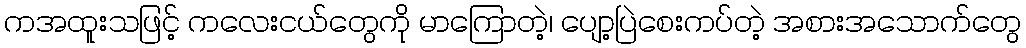
ကအထူးသဖြင့် ကလေးငယ်တွေကို မာကြောတဲ့၊ ပျော့ပြဲစေးကပ်တဲ့ အစားအသောက်တွေ